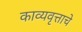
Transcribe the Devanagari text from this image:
काव्यवृत्ताचे